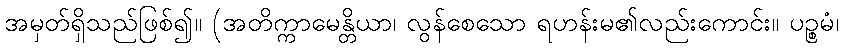
အမှတ်ရှိသည်ဖြစ်၍။ (အတိက္ကာမေန္တိယာ၊ လွန်စေသော ရဟန်းမ၏လည်းကောင်း။ ပဉ္စမံ၊